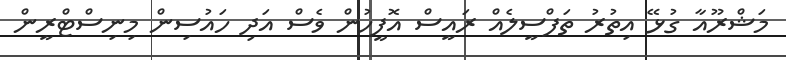
މަޝްރޫއާ ގުޅޭ އިތުރު ތަފްސީލެއް ރައީސް އޮފީހުން ވެސް އަދި ހައުސިން މިނިސްޓްރީން